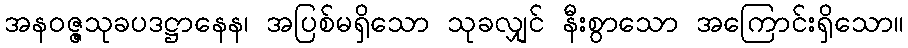
အနဝဇ္ဇသုခပဒဋ္ဌာနေန၊ အပြစ်မရှိသော သုခလျှင် နီးစွာသော အကြောင်းရှိသော။